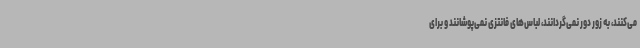
می‌کنند، به زور دور نمی‌گردانند، لباس‌های فانتزی نمی‌پوشانند و برای